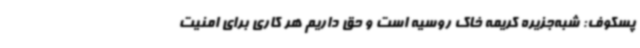
پسکوف: شبه‌جزیره کریمه خاک روسیه است و حق داریم هر کاری برای امنیت